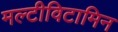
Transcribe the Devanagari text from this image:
मल्टीविटामिन